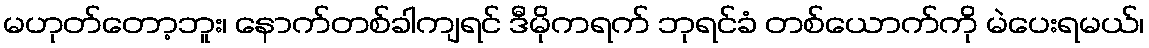
မဟုတ်တော့ဘူး၊ နောက်တစ်ခါကျရင် ဒီမိုကရက် ဘုရင်ခံ တစ်ယောက်ကို မဲပေးရမယ်၊